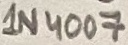
Text: 1N4007